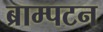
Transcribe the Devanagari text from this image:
ब्राम्पटन